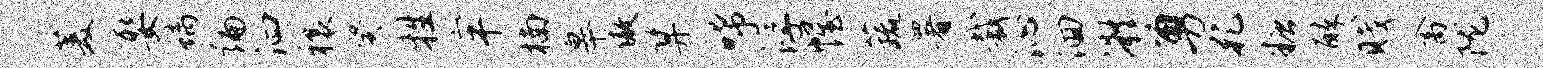
菱娶螭编泗禳癸牲牢楠皋傲算唏浮幄蔬署裁沁洄凝勇孔糖醉贱禽陇